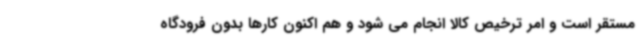
مستقر است و امر ترخیص کالا انجام می شود و هم اکنون کارها بدون فرودگاه